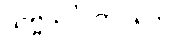
သဗ္ဗသင်္ဂါတိဂတေ